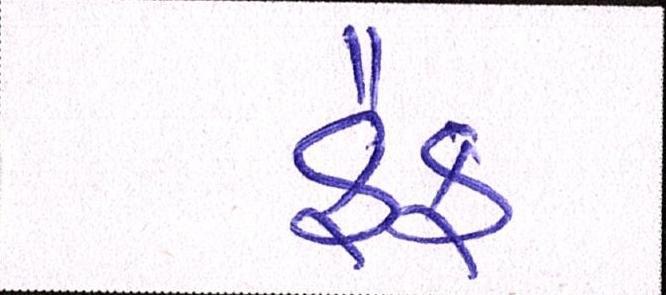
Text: કૈફ